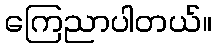
ကြေညာပါတယ်။